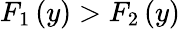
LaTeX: F_{1}\left(y\right)>F_{2}\left(y\right)